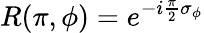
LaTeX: R(\pi,\phi)=e^{-i\frac{\pi}{2}\sigma_{\phi}}